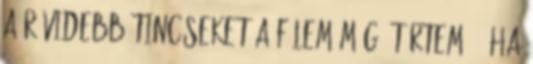
a rövidebb tincseket a fülem mögé tűrtem. - Ha